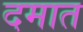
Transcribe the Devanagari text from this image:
दमात